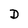
Character: D